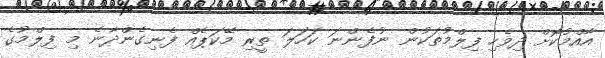
އާއްމުކޮށް ދިވެހި ފިލްމުތަކުން ނުފެންނަ ކަހަލަ ތީރި މޭކަޕެއް ފެނިގެންދާނެ މި ފިލްމުގެ